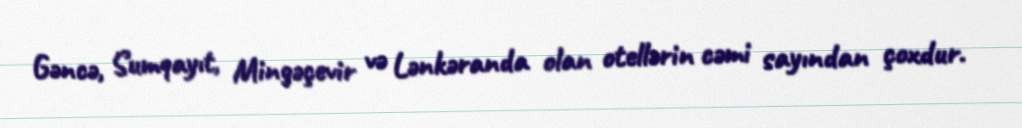
Gəncə, Sumqayıt, Mingəçevir və Lənkəranda olan otellərin cəmi sayından çoxdur.